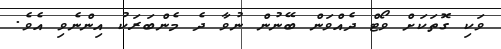
ވަކި ގޮތަކަށް ވޯޓް ދެއްވަން ބޭނުން ނުވާ ދެ މެންބަރަކު އިންނެވި އެވެ.